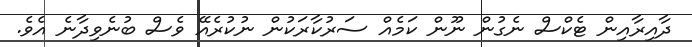
ދާއިރާއިން ޓެކްސް ނެގުން ނޫން ކަމެއް ސަރުކާރަކުން ނުކުރެއޭ ވެސް ބުނެވިދާނެ އެވެ.